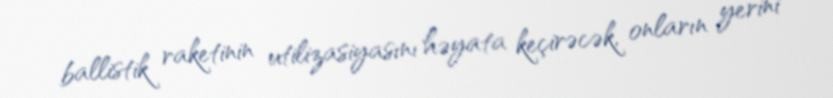
ballistik raketinin utilizasiyasını həyata keçirəcək, onların yerini